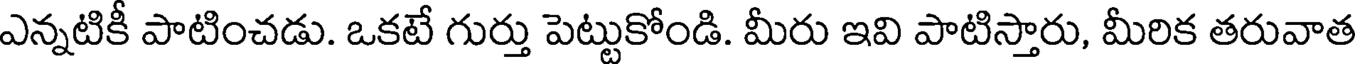
ఎన్నటికీ పాటించడు. ఒకటే గుర్తు పెట్టుకోండి. మీరు ఇవి పాటిస్తారు, మీరిక తరువాత